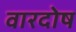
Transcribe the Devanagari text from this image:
वारदोष